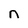
Character: n